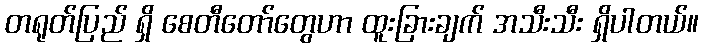
တရုတ်ပြည် ရှိ စေတီတော်တွေဟာ ထူးခြားချက် အသီးသီး ရှိပါတယ်။